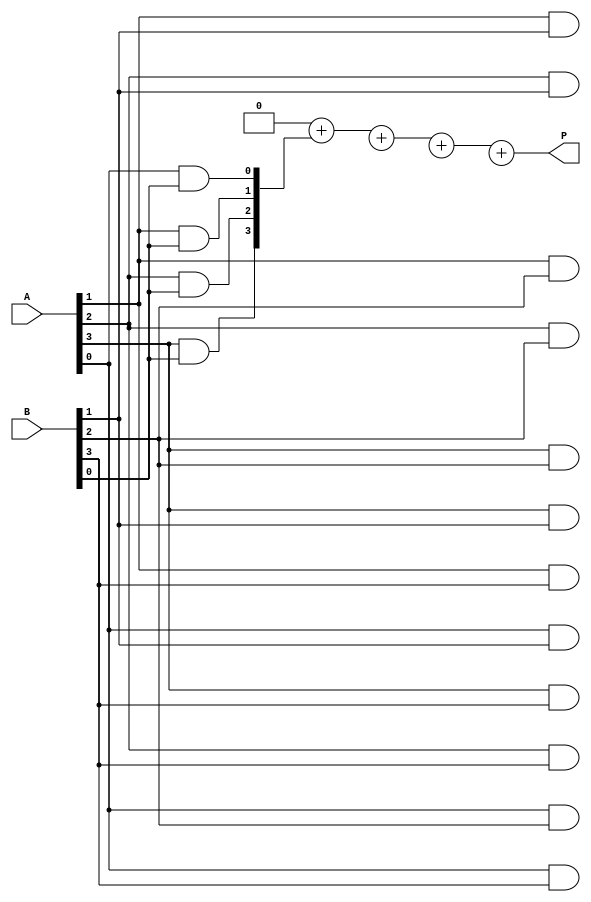
module array_multiplier #(parameter A_WIDTH = 4, B_WIDTH = 4) (
    input [A_WIDTH-1:0] A,
    input [B_WIDTH-1:0] B,
    output reg [A_WIDTH+B_WIDTH-1:0] P
);

    // Partial products
    reg [A_WIDTH+B_WIDTH-1:0] partial_products[B_WIDTH-1:0];

    integer i, j;

    always @(*) begin
        // Initialize the product to zero
        P = 0;

        // Generate partial products
        for (i = 0; i < B_WIDTH; i = i + 1) begin
            for (j = 0; j < A_WIDTH; j = j + 1) begin
                partial_products[i][j + i] = A[j] & B[i]; // AND operation
            end
        end

        // Sum the partial products
        for (i = 0; i < B_WIDTH; i = i + 1) begin
            P = P + partial_products[i]; // Accumulate the partial products
        end
    end

endmodule